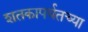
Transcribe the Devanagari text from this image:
शतकापर्यतच्या